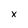
Character: x